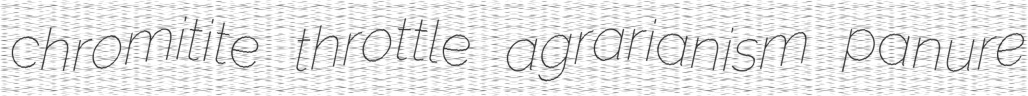
chromitite throttle agrarianism panure